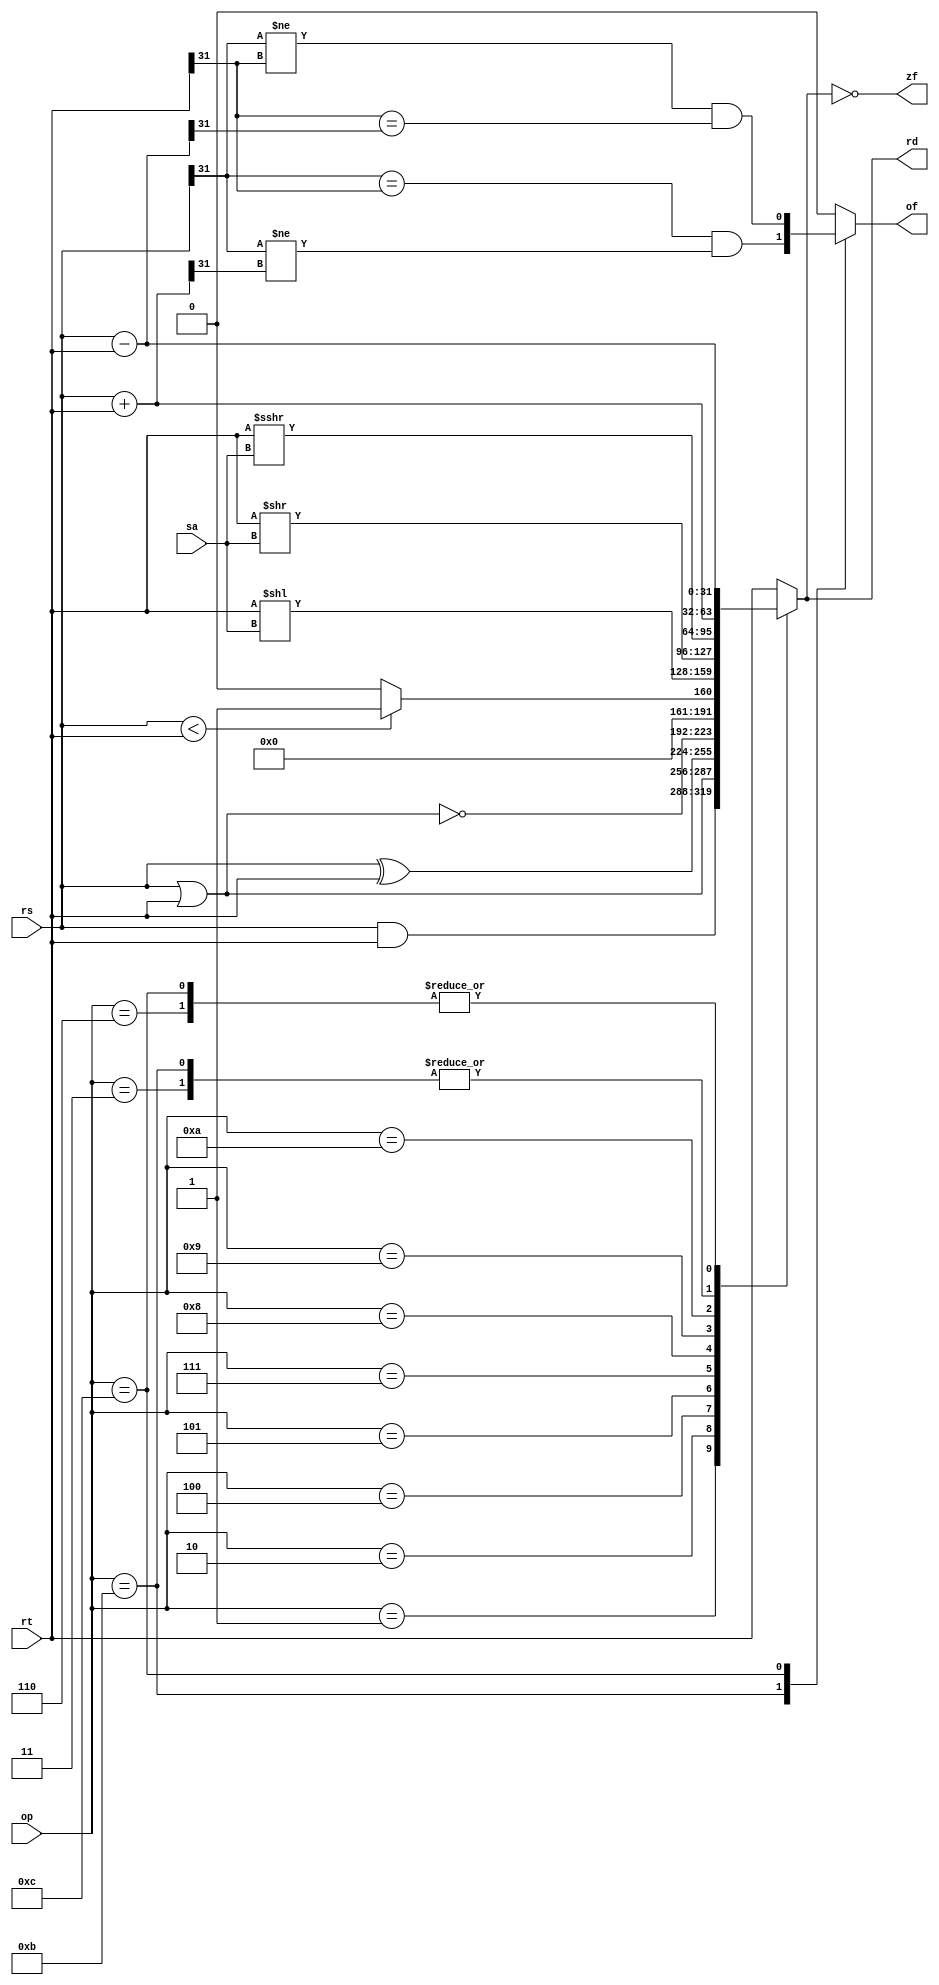
module alu(
  input       [3:0] op,
  input      [31:0] rs,
  input      [31:0] rt,
  input       [4:0] sa,
  output reg [31:0] rd,
  output            zf,
  output reg        of
);

  wire       [31:0] add;
  wire       [31:0] sub;

  assign add = rs + rt;
  assign sub = rs - rt;
  assign zf = (rd == 0);

  always @ (*) begin
    case (op)
      // AND
      4'b0001: begin
        rd <= rs & rt;
        of <= 0;
      end

      // OR
      4'b0010: begin
        rd <= rs | rt;
        of <= 0;
      end

      // Unsigned ADD
      4'b0011: begin
        rd <= add;
        of <= 0;
      end

      // XOR
      4'b0100: begin
        rd <= rs ^ rt;
        of <= 0;
      end

      // NOR
      4'b0101: begin
        rd <= ~(rs | rt);
        of <= 0;
      end

      // Unsigned SUB
      4'b0110: begin
        rd <= sub;
        of <= 0;
      end

      // Set on less than
      4'b0111: begin
        rd <= ($signed(rs) < $signed(rt)) ? 1 : 0;
        of <= 0;
      end

      // SHL
      4'b1000: begin
        rd <= rt << sa;
        of <= 0;
      end

      // SHR
      4'b1001: begin
        rd <= rt >> sa;
        of <= 0;
      end

      // SAR
      4'b1010: begin
        rd <= $signed(rt) >>> sa;
        of <= 0;
      end

      // Signed ADD
      4'b1011: begin
        rd <= add;
        of <= (rs[31] == rt[31]) & (rs[31] != add[31]);
        $display("%d+%d=%d, of=%b", rs, rt, add, (rs[31] == rt[31]) & (rs[31] != add[31]));
      end

      // Signed SUB
      4'b1100: begin
        rd <= sub;
        of <= (rs[31] != rt[31]) & (rt[31] == sub[31]);
      end

      default: begin
		  // output rt so that LUI can work
        rd <= rt;
        of <= 0;
      end
    endcase
  end

endmodule